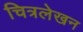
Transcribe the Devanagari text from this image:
चित्रलेखन